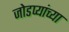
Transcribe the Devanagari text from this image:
जोडप्यांच्या